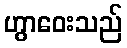
ဟွာဝေးသည်